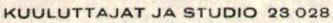
KUULUTTAJAT JA STUDIO 23 028